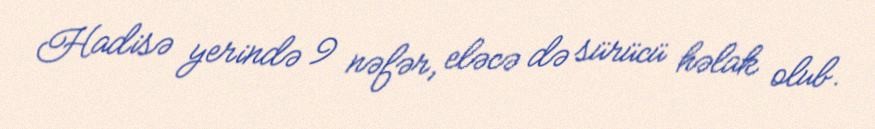
Hadisə yerində 9 nəfər, eləcə də sürücü həlak olub.